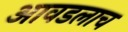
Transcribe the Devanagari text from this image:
आवडलाच